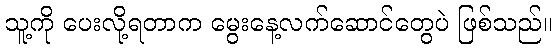
သူ့ကို ပေးလို့ရတာက မွေးနေ့လက်ဆောင်တွေပဲ ဖြစ်သည်။